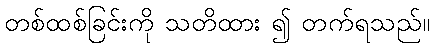
တစ်ထစ်ခြင်းကို သတိထား ၍ တက်ရသည်။